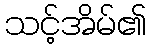
သင့်အိမ်၏